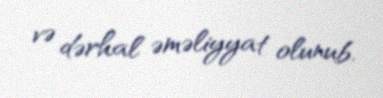
və dərhal əməliyyat olunub.